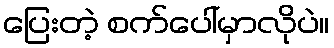
ပြေးတဲ့ စက်ပေါ်မှာလိုပဲ။